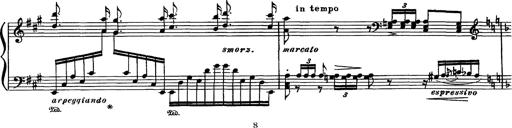
Title: Fantaisie sur des motifs favoris de l'opÃ©ra 'La sonnambula'
Composer: Franz Liszt